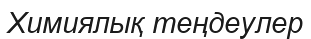
Химиялық теңдеулер